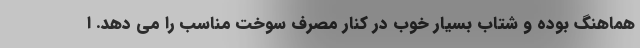
هماهنگ بوده و شتاب بسیار خوب در کنار مصرف سوخت مناسب را می دهد. ا